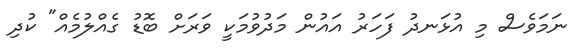
ނަމަވެސް މި އުޅަނދު ފަހަރު އައުން މަދުވުމަކީ ވަރަށް ބޮޑު ގެއްލުމެއް" ކުދި